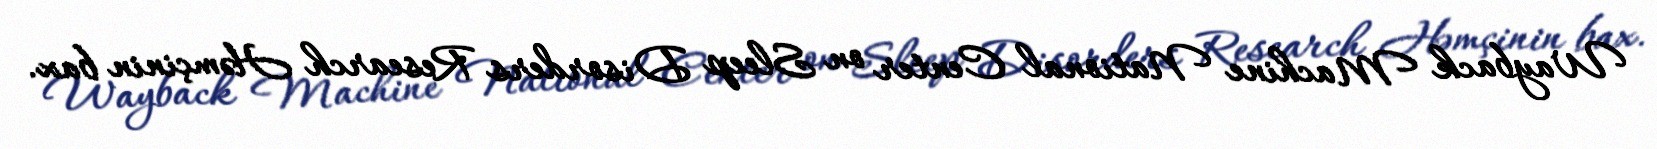
Wayback Machine National Center on Sleep Disorders Research Həmçinin bax.